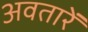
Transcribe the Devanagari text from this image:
अवतारें